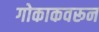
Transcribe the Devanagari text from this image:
गोकाकवरून